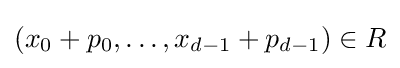
(x_{0}+p_{0},\dots ,x_{d-1}+p_{d-1})\in R